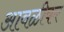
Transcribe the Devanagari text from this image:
आवळीकर